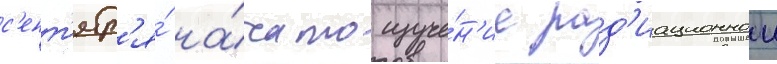
с'ент'ябр'я́ на́чато изуче́н'ие рад'иационнои